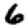
Digit: 6